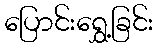
ပြောင်းရွှေ့ခြင်း